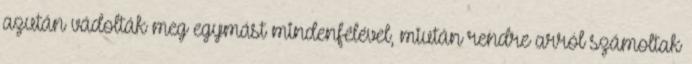
azután vádolták meg egymást mindenfélével, miután rendre arról számoltak